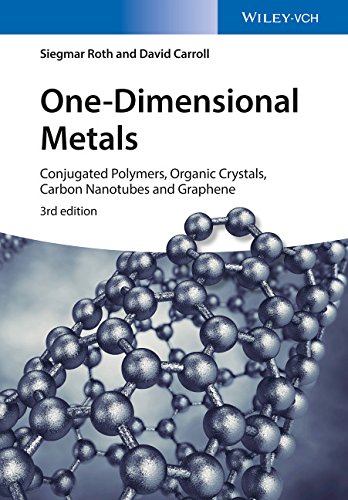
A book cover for One-Dimensional Metals: Conjugated Polymers, Organic Crystals, Carbon Nanotubes and Graphene; Siegmar Roth; Engineering & Transportation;